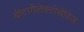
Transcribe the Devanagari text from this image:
बीटागैलेक्टोसीडेज